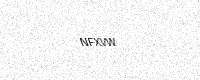
Text: NFXVW